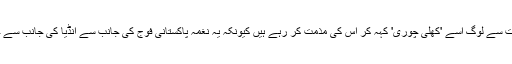
اس کے بعد سے ہی ٹی راجہ سنگھ کا یہ گیت سوشل میڈیا پر گردش کر رہا ہے اور بہت سے لوگ اسے 'کھلی چوری' کہہ کر اس کی مذمت کر رہے ہیں کیونکہ یہ نغمہ پاکستانی فوج کی جانب سے انڈیا کی جانب سے جابہ میں فضائی کارروائی کے بعد گذشتہ ماہ جاری کیے جانے والے گیت کی نقل ہے۔